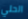
الحلي